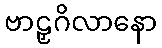
ဗာဠှဂိလာနော